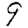
Digit: 9